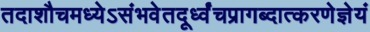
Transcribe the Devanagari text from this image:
तदाशौचमध्येऽसंभवेतदूर्ध्वंचप्रागब्दात्करणेज्ञेयं